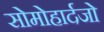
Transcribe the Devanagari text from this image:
सोमोहार्दजो